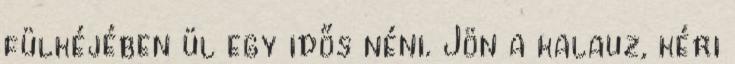
fülkéjében ül egy idős néni. Jön a kalauz, kéri